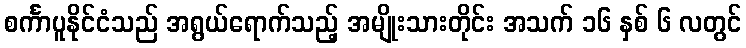
စင်္ကာပူနိုင်ငံသည် အရွယ်ရောက်သည့် အမျိုးသားတိုင်း အသက် ၁၆ နှစ် ၆ လတွင်